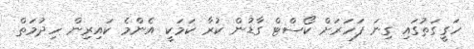
ހަގީގަތުގައި ގިނަ ފަހަރަށް ކޯސްޓް ގާޑުން ކުރާ ކަމަކީ އެންމެ ކައިރިން ހިދުމަތް